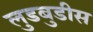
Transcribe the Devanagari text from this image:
लुडबुडीस